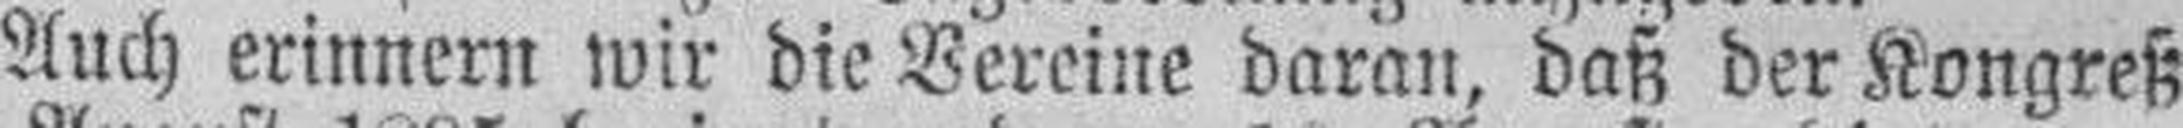
Auch erinnern wir die Vereine daran, daß der Kongreß